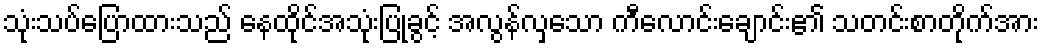
သုံးသပ်ပြောထားသည် နေထိုင်အသုံးပြုခွင့် အလွန်လှသော ကီလောင်းချောင်း၏ သတင်းစာတိုက်အား